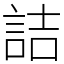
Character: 詰